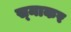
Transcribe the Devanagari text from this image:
स्‍माकर